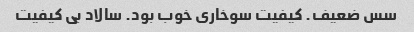
سس ضعیف. کیفیت سوخاری خوب بود. سالاد بی کیفیت